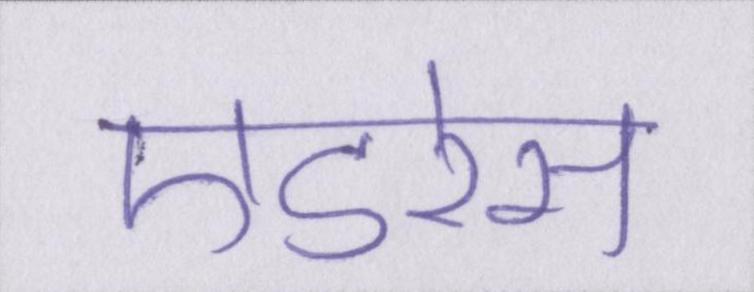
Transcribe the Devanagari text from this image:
एडरेस